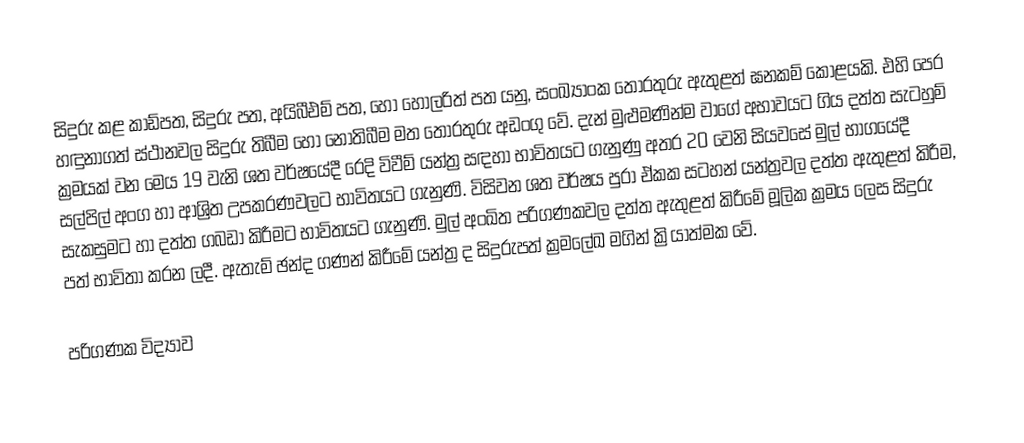
සිදුරු කළ කාඩ්පත, සිදුරු පත, අයිබීඑම් පත, හෝ හොලරිත් පත යනු, සංඛ්‍යාංක තොරතුරු ඇතුළත් ඝනකම් කොළයකි. එහි පෙර හඳුනාගත් ස්ථානවල සිදුරු තිබීම හෝ නොතිබීම මත තොරතුරු අඩංගු වේ. දැන් මුළුමණින්ම වාගේ අභාවයට ගිය දත්ත සැටහුම් ක්‍රමයක් වන මෙය 19 වැනි ශත වර්ෂයේදී රෙදි විවීම් යන්ත්‍ර සඳහා භාවිතයට ගැනුණු අතර 20 වෙනි සියවසේ මුල් භාගයේදී සල්පිල් අංග හා ආශ්‍රිත උපකරණවලට භාවිතයට ගැනුණි. විසිවන ශත වර්ෂය පුරා ඒකක සටහන් යන්ත්‍රවල දත්ත ඇතුළත් කිරීම, සැකසුමට හා දත්ත ගබඩා කිරීමට භාවිතයට ගැනුණි. මුල් අංඛිත පරිගණකවල දත්ත ඇතුළත් කිරීමේ මූලික ක්‍රමය ලෙස සිදුරු පත් භාවිතා කරන ලදී. ඇතැම් ඡන්ද ගණන් කිරීමේ යන්ත්‍ර ද සිදුරුපත් ක්‍රමලේඛ මගින් ක්‍රියාත්මක වේ.

පරිගණක විද්‍යාව